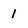
Character: 1